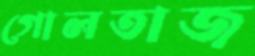
গোলতাজ